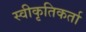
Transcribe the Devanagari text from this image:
स्वीकृतिकर्ता